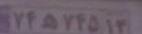
۷۴ه۷۴۵۱۳